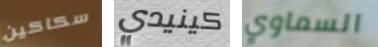
سكاكين كينيدي السماوي